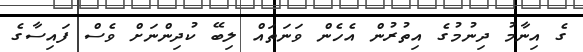
ގެ އިނާމު ދިނުމުގެ އިތުރުން އެހެން ވަނަތައް ލިބޭ ކުދިންނަށް ވެސް ފައިސާގެ